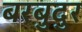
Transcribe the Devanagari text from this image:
बरबुदुर